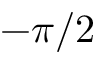
- \pi / 2